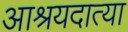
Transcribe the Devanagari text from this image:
आश्रयदात्या